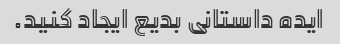
ایده داستانی بدیع ایجاد کنید.